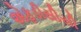
એફડીસીસી